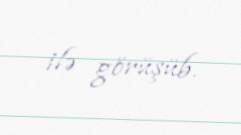
ilə görüşüb.